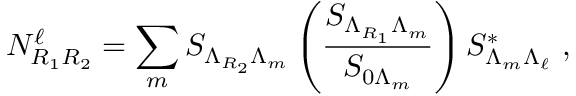
N _ { R _ { 1 } R _ { 2 } } ^ { \ell } = \sum _ { m } S _ { \Lambda _ { R _ { 2 } } \Lambda _ { m } } \left( { \frac { S _ { \Lambda _ { R _ { 1 } } \Lambda _ { m } } } { S _ { 0 { \Lambda _ { m } } } } } \right) S _ { \Lambda _ { m } \Lambda _ { \ell } } ^ { * } ~ ,